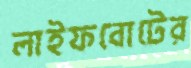
লাইফবোটের